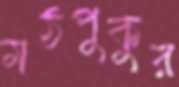
মঠপুকুর